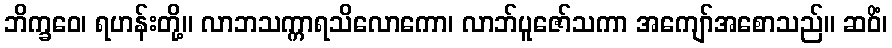
ဘိက္ခဝေ၊ ရဟန်းတို့။ လာဘသက္ကာရသိလောကော၊ လာဘ်ပူဇော်သကာ အကျော်အစောသည်။ ဆဝိံ၊